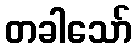
တခါသော်